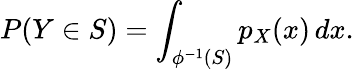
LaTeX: P(Y\in S)=\int_{\phi^{-1}(S)}p_{X}(x)\, dx.